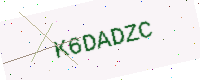
Text: K6DADZC